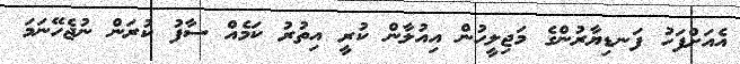
އެއަށްފަހު ފަނޑިޔާރުންގެ މަޖިލީހުން އިއުލާން ކުރީ އިތުރު ކަމެއް ސާފު ކުރަން ނުޖެހޭނަމަ